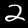
Digit: 2